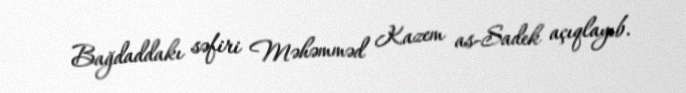
Bağdaddakı səfiri Məhəmməd Kazem as-Sadek açıqlayıb.